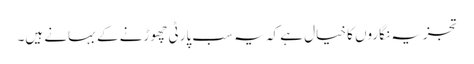
تجزیہ نگاروں کا خیال ہے کہ یہ سب پارٹی چھوڑنے کے بہانے ہیں۔